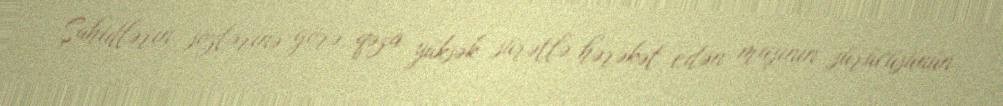
Şahidlərin sözlərinə görə, qəza yüksək sürətlə hərəkət edən maşının sürücüsünün